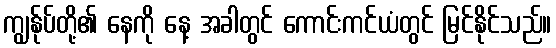
ကျွန်ုပ်တို့၏ နေကို နေ့ အခါတွင် ကောင်းကင်ယံတွင် မြင်နိုင်သည်။